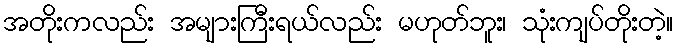
အတိုးကလည်း အများကြီးရယ်လည်း မဟုတ်ဘူး၊ သုံးကျပ်တိုးတဲ့။